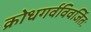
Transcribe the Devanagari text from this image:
क्रोधगर्वविवर्जितः